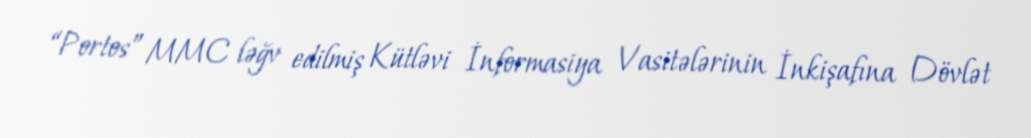
“Portos” MMC ləğv edilmiş Kütləvi İnformasiya Vasitələrinin İnkişafına Dövlət